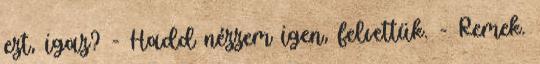
ezt, igaz? - Hadd nézzem igen, felvettük. - Remek.